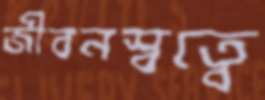
জীবনস্বত্বে